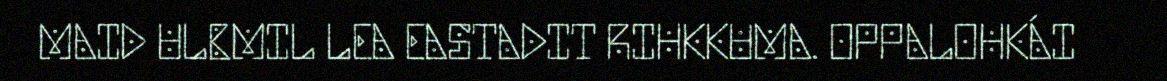
MAID ULBMIL LEA EASTADIT RIHKKUMA. OPPALOHKÁI